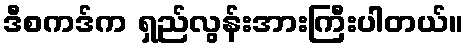
ဒီစကဒ်က ရှည်လွန်းအားကြီးပါတယ်။